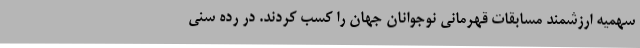
سهمیه ارزشمند مسابقات قهرمانی نوجوانان جهان را کسب کردند. در رده سنی